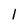
Character: 1